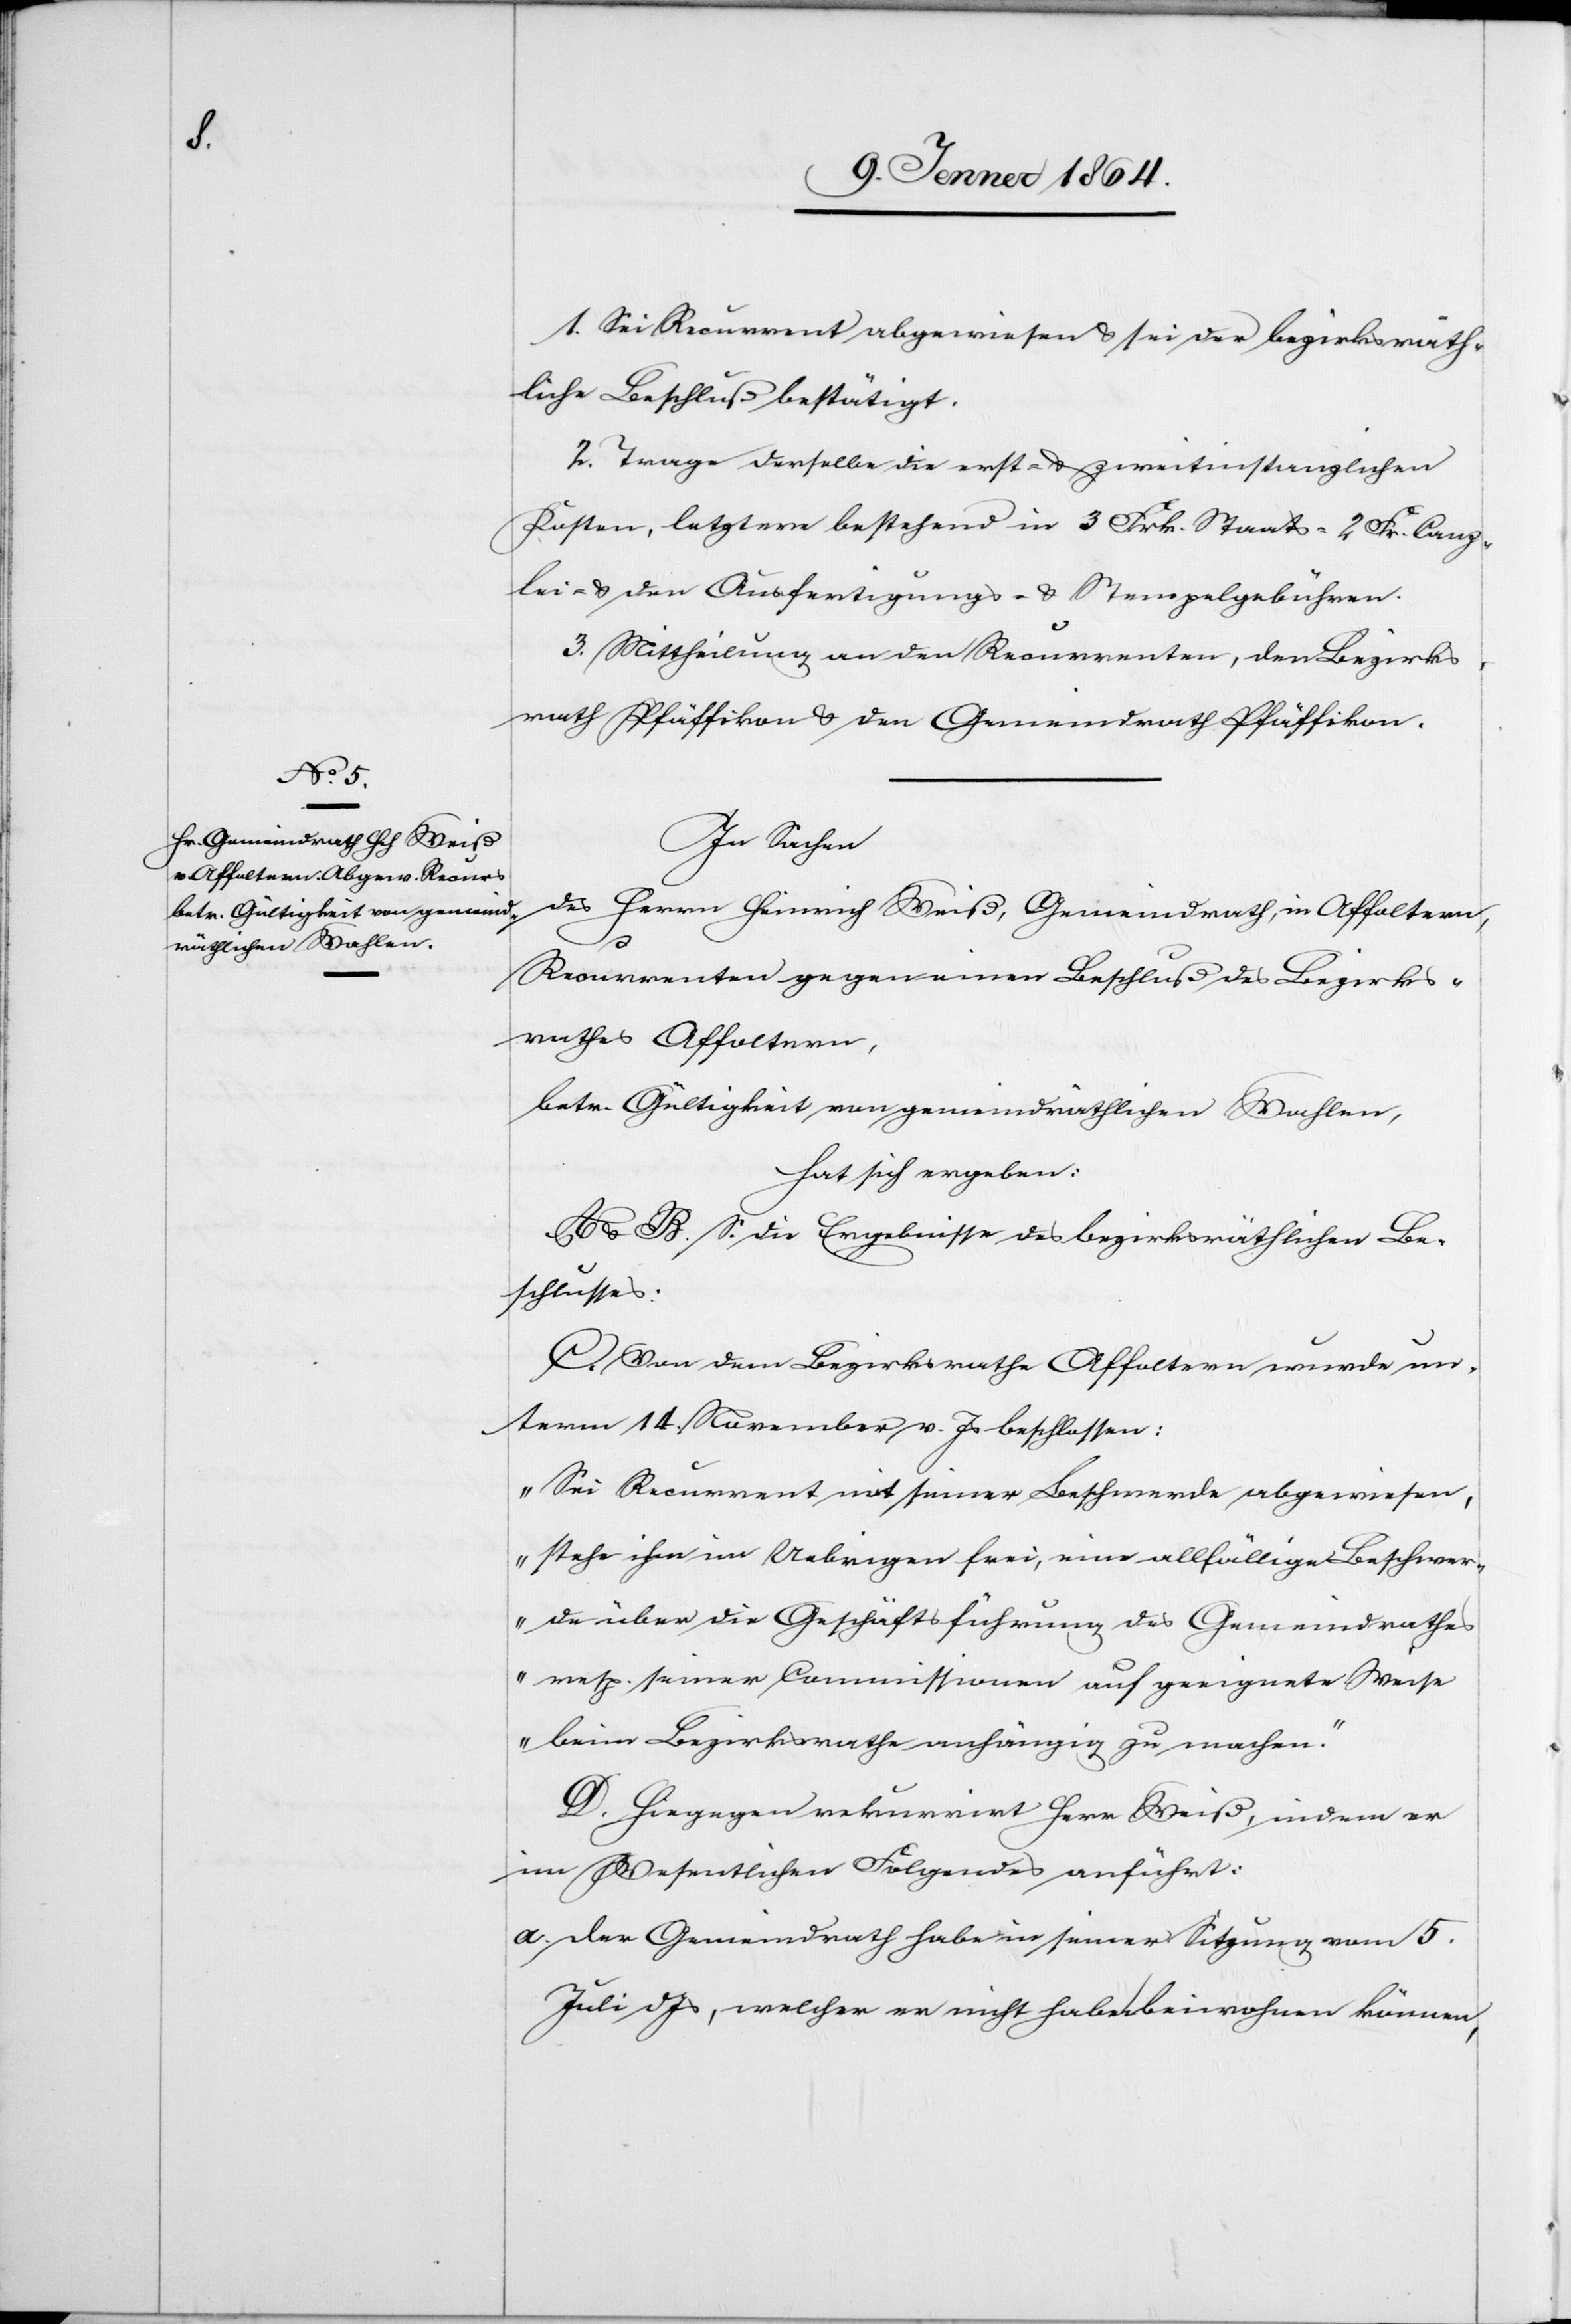
1. Sei Recurrent abgewiesen u. sei der bezirksräth¬
liche Beschluß bestätigt.
2. Trage derselbe die erst- u. zweitinstanzlichen
Kosten, letztere bestehend in 3 Frk. Staats-[,] 2 Fr. Canz¬
lei- u. den Ausfertigungs- u. Stempelgebühren.
3. Mittheilung an den Recurrenten, den Bezirks¬
rath Pfäffikon u. den Gemeinderath Pfäffikon.
In Sachen
des Herrn Heinrich Weiß, Gemeindrath, in Affoltern,
Recurrenten gegen einen Beschluß des Bezirks¬
rathes Affoltern,
betr. Gültigkeit von gemeindräthlichen Wahlen,
hat sich ergeben:
A u. B. S. die Ergebnisse des bezirksräthlichen Be¬
schlusses.
C. Von dem Bezirksrathe Affoltern wurde un¬
term 14. November v. Js beschlossen:
„Sei Recurrent mit seiner Beschwerde abgewiesen,
stehe ihm im Uebrigen frei, eine allfällige Beschwer¬
de über die Geschäftsführung des Gemeindrathes
resp. seiner Commissionen auf geeignete Weise
beim Bezirksrathe anhängig zu machen.“
D. Hiegegen rekurrirt Herr Weiß, indem er
im Wesentlichen Folgendes anführt:
a. der Gemeindrath habe in seiner Sitzung vom 5.
Juli d. Js, welcher er nicht habe beiwohnen können,